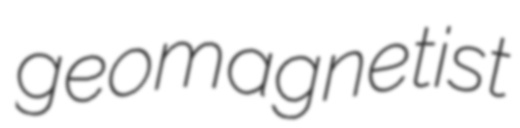
geomagnetist